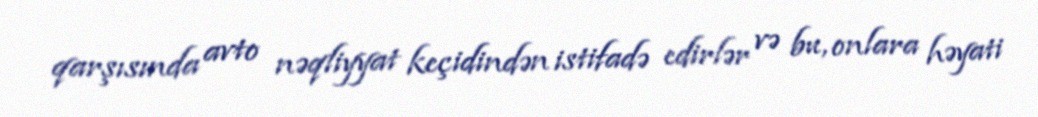
qarşısında avto nəqliyyat keçidindən istifadə edirlər və bu, onlara həyati